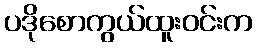
ပဒိုစောကွယ်ထူးဝင်းက